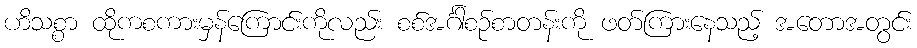
ဟိသစ္စာ ထိုကစကားမှန်ကြောင်းကိုလည်း စစ်အင်္ဂါစဉ်စာတန်းကို ဖတ်ကြားနေသည့် အတောအတွင်း